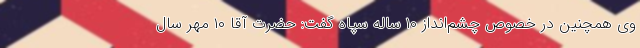
وی همچنین در خصوص چشم‌انداز ۱۰ ساله سپاه گفت: حضرت آقا ۱۰ مهر سال